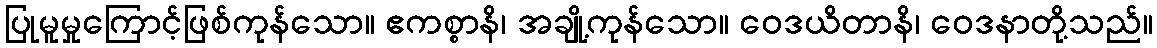
ပြုမူမှုကြောင့်ဖြစ်ကုန်သော။ ဧကစ္စာနိ၊ အချို့ကုန်သော။ ဝေဒယိတာနိ၊ ဝေဒနာတို့သည်။